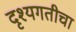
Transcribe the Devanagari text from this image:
दृश्यगतीचा